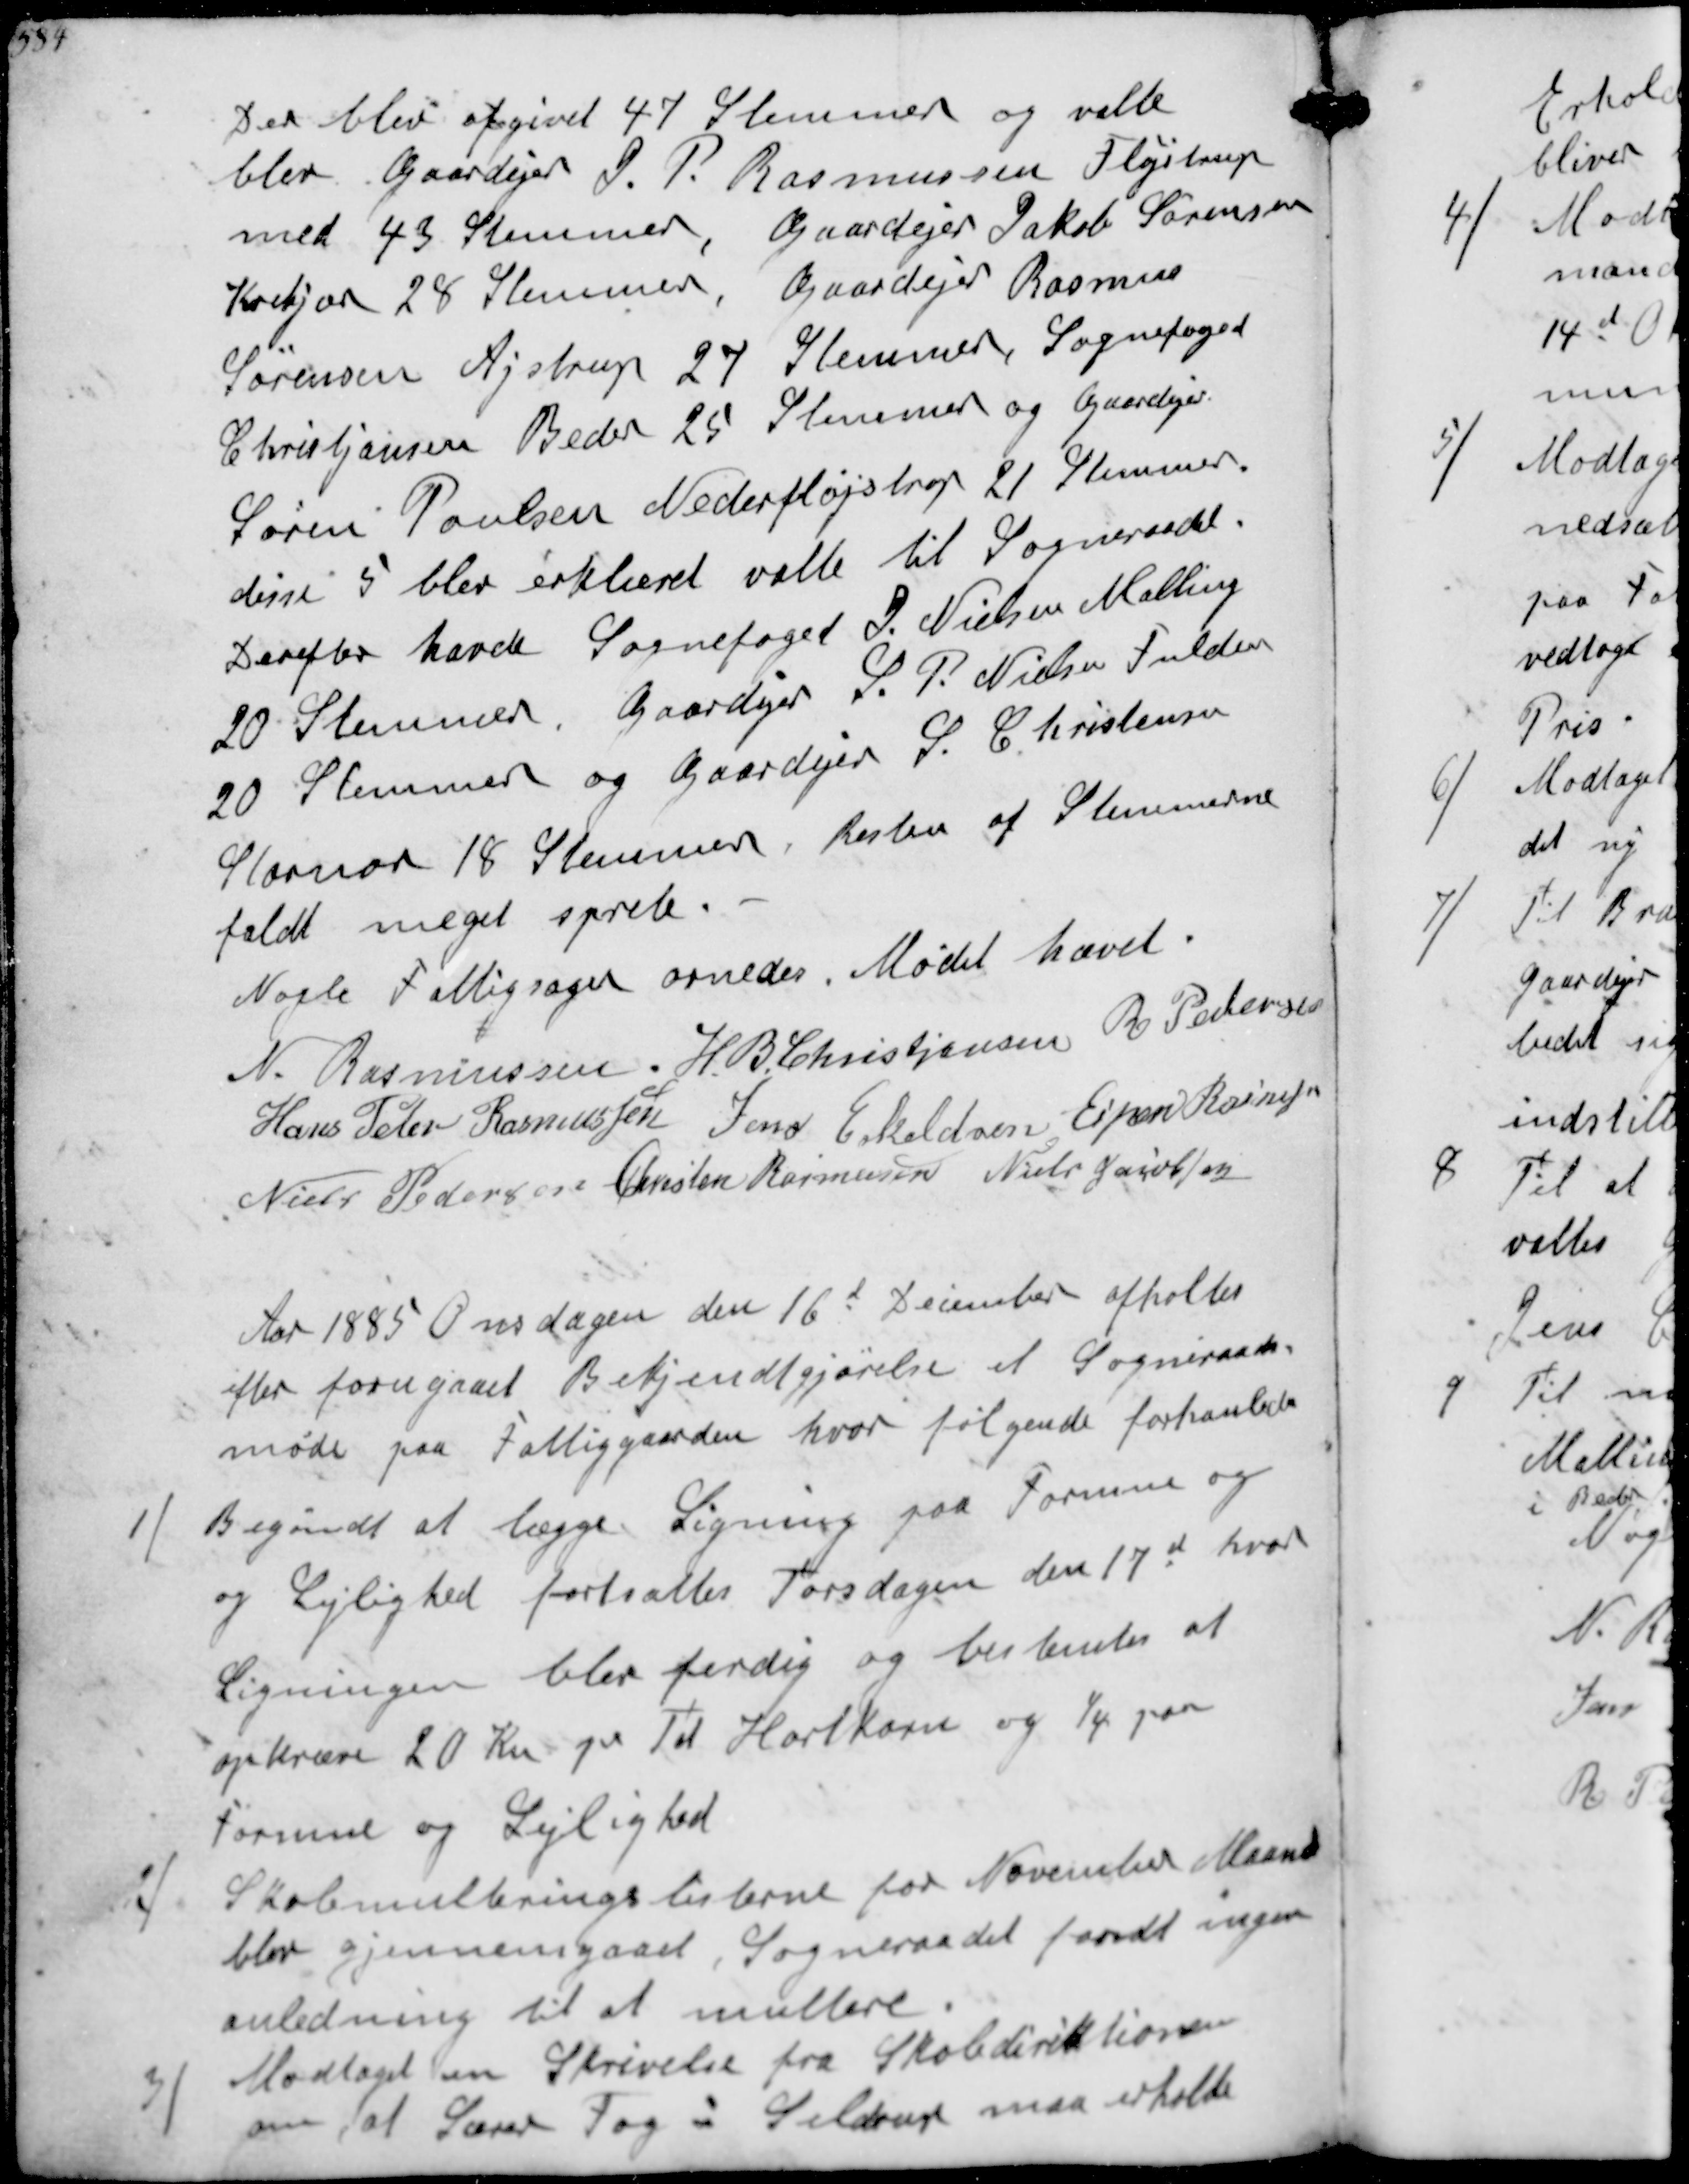
Transskription:
Der blev atgivet 47 Stemmer og valte
blev Gaardejer J.P. Rasmussen Fløjstrup
med 43 Stemmer. Gaardejer Jakob Sørensen
Krekjær 28 Stemmer. Gaardejer Rasmus
Sørensen Ajstrup 27 Flemmer Sognefoged
Christiansen Beder 25 Slemmer og Gaardejer
Søren Poulsen Nederfløjstrup 21 Stemmer.
disse 5 blev erklæret valte til Sogneraadet
Derefter havde Sognefoged J. Nielsen Malling
20 Stemmer. Gaardejer S. P. Nielsen Fulden
20 Stemmer og Gaardejer S. Christensen
Stornor 18 Stemmer, Resten af Stemmerne
faldt meget sprete
Nogle Fattigsager ornedes. Mødet hævet
N. Rasmussen H. B. Christjansen P Pedersen
Hans Peter Rasmussen Jens Eskeldsen Espen Rasmussen
Niels Pedersen Christen Rasmussen Niels Jacobsen
Aar 1885 Onsdagen den 16d December afholtes
efter forugaaet Betjendtgjørelse et Sogneraads-
møde paa Fattiggaarden hvor følgende forhanleds
1/
Begyndt at lægge Ligning paa Formue
og Lejlighed fortsattes Torsdagen den 17d hvor
Ligningen blev ferdig og bestemtes at
opkræve 20 kr pr. Td Hartkorn og 1/4 paa
Formue og Lejlighed
2/
Skolemulteringslisterne for November Maaned
blev gjennemgaaet. Sogneraadet fandt ingen
anledning til at multere
3/
Modtaget en Skrivelse fra Skoledirektioren
om at Lærer Fog i Seldrup maa erholde